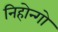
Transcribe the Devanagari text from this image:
निहोन्गो